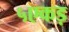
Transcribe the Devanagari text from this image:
५एकड़